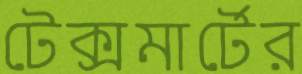
টেক্সমার্টের